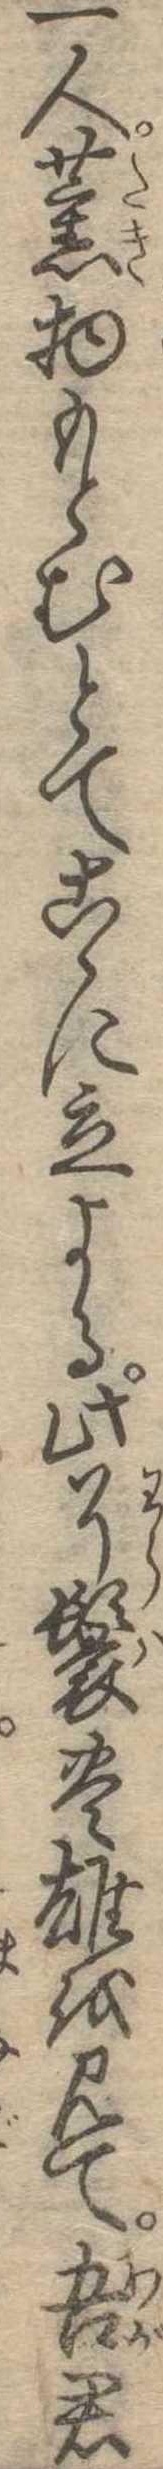
一人薫物もとむとてこゝに立よる此了鬟豊雄を見て吾君